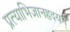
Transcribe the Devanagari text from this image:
प्रत्याभिज्ञानहृदयम्